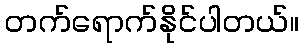
တက်ရောက်နိုင်ပါတယ်။